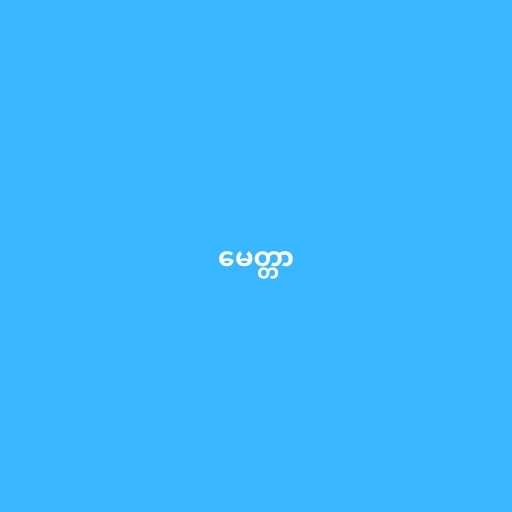
မေတ္တာ